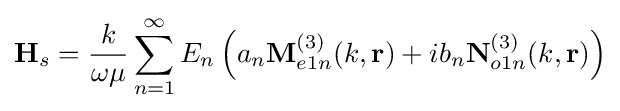
\mathbf {H} _{s}={\frac {k}{\omega \mu }}\sum _{n=1}^{\infty }E_{n}\left(a_{n}\mathbf {M} _{e1n}^{(3)}(k,\mathbf {r} )+ib_{n}\mathbf {N} _{o1n}^{(3)}(k,\mathbf {r} )\right)